Annual report of the Punjab Veterinary College and of the Civil Veterinary Department, Punjab - 1894-1908
Year: 1894
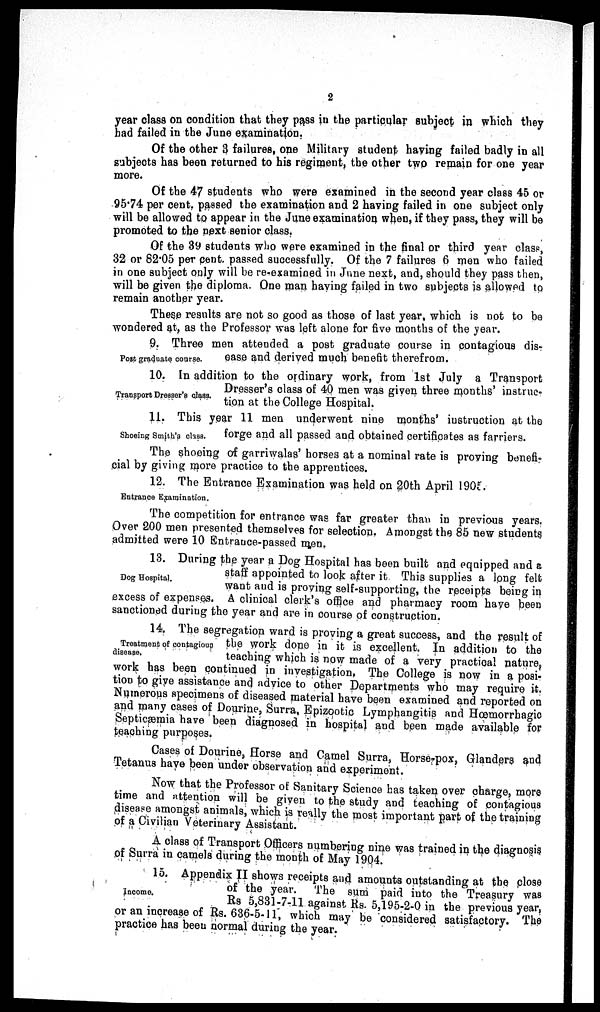
2
year class on condition that they pass in the particular subject in which they
had failed in the June examination.
Of the other 3 failures, one Military student having failed badly in all
subjects has been returned to his regiment, the other two remain for one year
more.
Of the 47 students who were examined in the second year class 45 or
95.74 per cent. passed the examination and 2 having failed in one subject only
will be allowed to appear in the June examination when, if they pass, they will be
promoted to the next senior class.
Of the 39 students who were examined in the final or third year class,
32 or 82.05 per cent. passed successfully. Of the 7 failures 6 men who failed
in one subject only will be re-examined in June next, and, should they pass then,
will be given the diploma. One man having failed in two subjects is allowed to
remain another year.
These results are not so good as those of last year, which is not to be
wondered at, as the Professor was left alone for five months of the year.
Post graduate course.
9. Three men attended a post graduate course in contagious dis-
ease and derived much benefit therefrom.
Transport Dresser's class.
10. In addition to the ordinary work, from 1st July a Transport
Dresser's class of 40 men was given three months' instruc-
tion at the College Hospital.
Shoeing Smith's class.
11. This year 11 men underwent nine months' instruction at the
forge and all passed and obtained certificates as farriers.
The shoeing of garriwalas' horses at a nominal rate is proving benefi-
cial by giving more practice to the apprentices.
Entrance Examination.
12. The Entrance Examination was held on 20th April 1905.
The competition for entrance was far greater than in previous years.
Over 200 men presented themselves for selection. Amongst the 85 new students
admitted were 10 Entrance-passed men.
Dog Hospital.
13. During the year a Dog Hospital has been built and equipped and a
staff appointed to look after it. This supplies a long felt
want and is proving self-supporting, the receipts being in
excess of expenses. A clinical clerk's office and pharmacy room have been
sanctioned during the year and are in course of construction.
Treatment of contagious
disease.
14. The segregation ward is proving a great success, and the result of
the work done in it is excellent. In addition to the
teaching which is now made of a very practical nature,
work has been continued in investigation. The College is now in a posi-
tion to give assistance and advice to other Departments who may require it.
Numerous specimens of diseased material have been examined and reported on
and many cases of Dourine, Surra, Epizootic Lymphangitis and Hœmorrhagic
Septicæmia have been diagnosed in hospital and been made available for
teaching purposes.
Cases of Dourine, Horse and Camel Surra, Horse-pox, Glanders and
Tetanus have been under observation and experiment.
Now that the Professor of Sanitary Science has taken over charge, more
time and attention will be given to the study and teaching of contagious
disease amongst animals, which is really the most important part of the training
of a Civilian Veterinary Assistant.
A class of Transport Officers numbering nine was trained in the diagnosis
of Surra in camels during the month of May 1904.
Income.
15. Appendix II shows receipts and amounts outstanding at the close
of the year. The sum paid into the Treasury was
Rs 5,831-7-11 against Rs. 5,195-2-0 in the previous year,
or an increase of Rs. 636-5-11, which may be considered satisfactory. The
practice has been normal during the year.